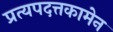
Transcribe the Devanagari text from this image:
प्रत्यपदत्तकामेन